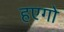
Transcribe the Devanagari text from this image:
हएगो